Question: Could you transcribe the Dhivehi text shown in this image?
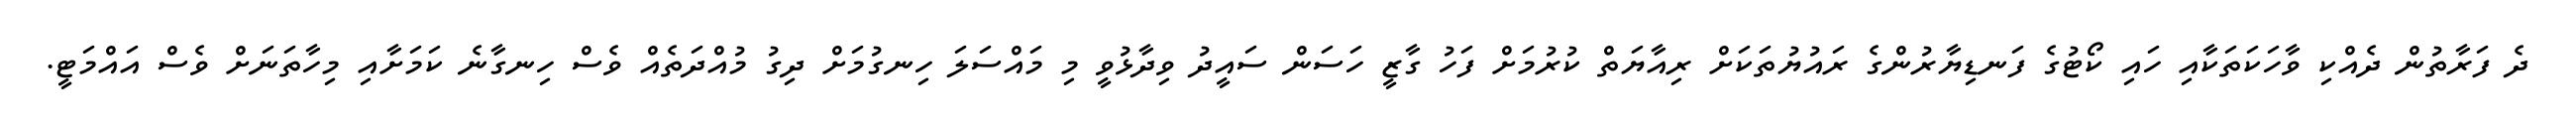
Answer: ދެ ފަރާތުން ދެއްކި ވާހަކަތަކާއި ހައި ކޯޓުގެ ފަނޑިޔާރުންގެ ރައުޔުތަކަށް ރިއާޔަތް ކުރުމަށް ފަހު ގާޒީ ހަސަން ސައީދު ވިދާޅުވީ މި މައްސަލަ ހިނގުމަށް ދިގު މުއްދަތެއް ވެސް ހިނގާނެ ކަމަށާއި މިހާތަނަށް ވެސް އައްމަޓީ.